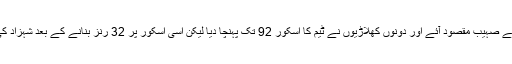
احمد شہزاد کا ساتھ دینے صہیب مقصود آئے اور دونوں کھلاڑیوں نے ٹیم کا اسکور 92 تک پہنچا دیا لیکن اسی اسکور پر 32 رنز بنانے کے بعد شہزاد کی ہمت جواب دے گئی۔